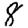
Digit: 8